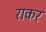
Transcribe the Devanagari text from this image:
राकर